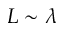
L \sim \lambda